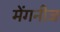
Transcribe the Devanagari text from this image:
मेंगनीज